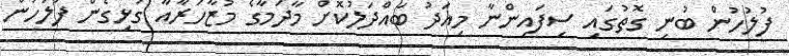
ފުލުހުން ބުނި ގޮތުގައި ސިފައިންނާ މިއަދު ބައްދަލުކޮށް މާދަމާގެ މުޒާހަރާއާ ގުޅިގެން ފުލުހުން